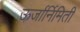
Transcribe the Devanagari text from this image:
ऊर्जार्निमिती